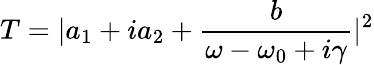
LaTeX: T=|a_{1}+ia_{2}+\frac{b}{\omega-\omega_{0}+i\gamma}|^{2}